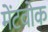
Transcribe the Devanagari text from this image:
मेंटवोक